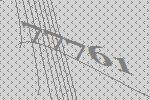
77761